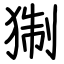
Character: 猘